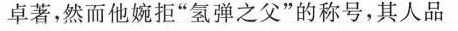
卓著，然而他婉拒”氢弹之父”的称号，其人品